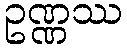
ဥဏ္ဏဿ